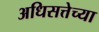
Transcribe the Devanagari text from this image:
अधिसत्तेच्या